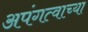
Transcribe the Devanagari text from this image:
अपंगत्वाच्या